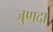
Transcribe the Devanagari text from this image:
जुणदा